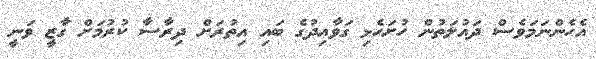
އެހެންނަމަވެސް ދައުލަތުން ހުށަހެޅި ގަވާއިދުގެ ބައި އިތުރަށް ދިރާސާ ކުރުމަށް ގާޒީ ވަނީ